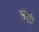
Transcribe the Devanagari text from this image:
लैंसी